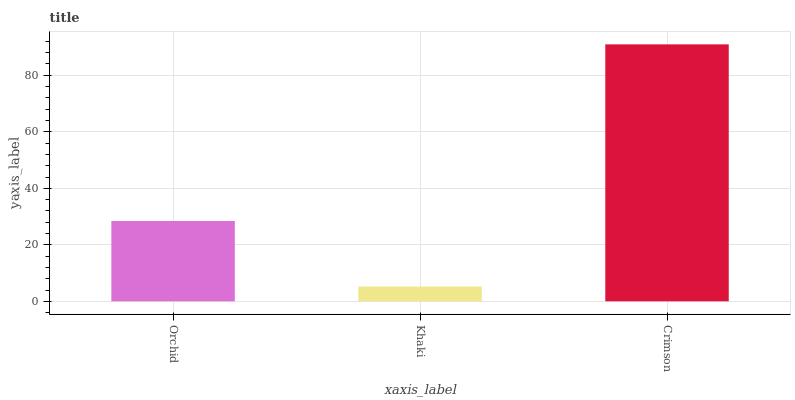
| xaxis_label | bars |
 | --- | --- |
 | Orchid | 28.4 |
 | Khaki | 5.22 |
 | Crimson | 91 |